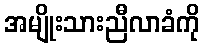
အမျိုးသားညီလာခံကို